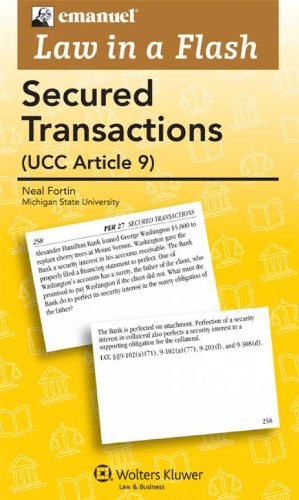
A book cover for Law in a Flash Cards: Secured Transactions 2011 (Emanuel Law in a Flash); Neil D. Fortin; Law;